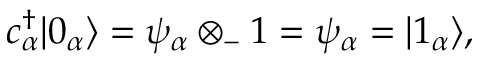
c _ { \alpha } ^ { \dagger } | 0 _ { \alpha } \rangle = \psi _ { \alpha } \otimes _ { - } 1 = \psi _ { \alpha } = | 1 _ { \alpha } \rangle ,